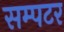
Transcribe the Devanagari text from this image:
सम्पटर